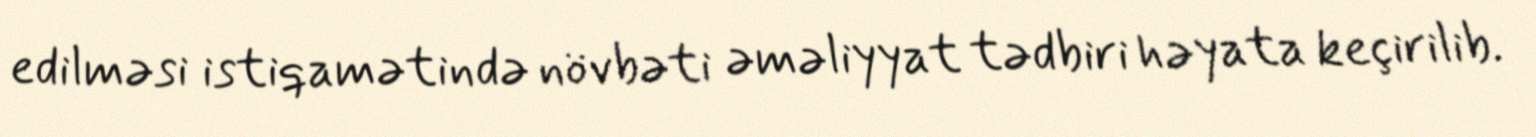
edilməsi istiqamətində növbəti əməliyyat tədbiri həyata keçirilib.